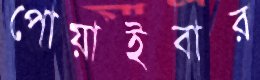
পোয়াইবার